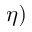
\eta )